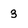
Character: 3